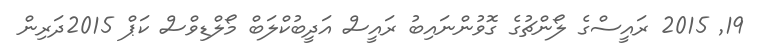
19